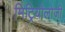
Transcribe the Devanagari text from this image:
मिट्रियोलोजी